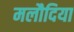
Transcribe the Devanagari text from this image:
मलौदिया